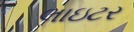
લાઇટર